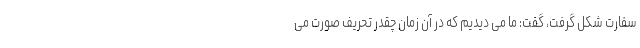
سفارت شکل گرفت، گفت: ما می دیدیم که در آن زمان چقدر تحریف صورت می